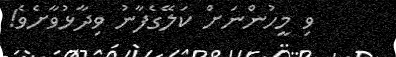
ވި މީހުންނަށް ކަލޭގެފާނު ވިދާޅުވާށެވެ!